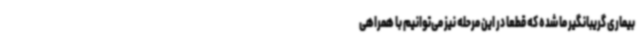
بیماری گریبانگیر ما شده که قطعا در این مرحله نیز می‌توانیم با همراهی